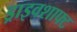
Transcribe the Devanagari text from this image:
ड्राइवशाफ्ट